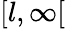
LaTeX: [l,\infty[